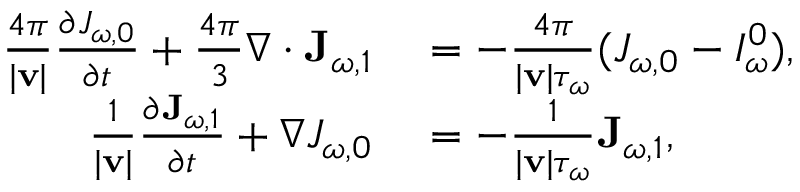
\begin{array} { r l } { \frac { 4 \pi } { | \mathbf v | } \frac { \partial J _ { \omega , 0 } } { \partial t } + \frac { 4 \pi } { 3 } \nabla \cdot \mathbf J _ { \omega , 1 } } & { { } = - \frac { 4 \pi } { | \mathbf v | \tau _ { \omega } } ( J _ { \omega , 0 } - I _ { \omega } ^ { 0 } ) , } \\ { \frac { 1 } { | \mathbf v | } \frac { \partial \mathbf J _ { \omega , 1 } } { \partial t } + \nabla J _ { \omega , 0 } } & { { } = - \frac { 1 } { | \mathbf v | \tau _ { \omega } } \mathbf J _ { \omega , 1 } , } \end{array}